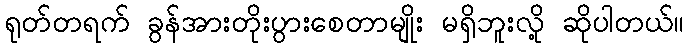
ရုတ်တရက် ခွန်အားတိုးပွားစေတာမျိုး မရှိဘူးလို့ ဆိုပါတယ်။